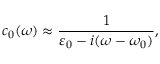
c _ { 0 } ( \omega ) \approx \frac { 1 } { \varepsilon _ { 0 } - i ( \omega - \omega _ { 0 } ) } ,